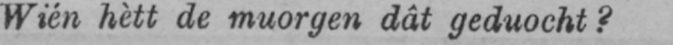
Wién hètt de muorgen dât geduocht?